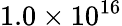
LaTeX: \mathrm{1.0\times 10^{16}}